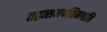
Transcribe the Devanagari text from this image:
तद्वत्समपश्चिमगानि